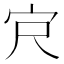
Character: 𪧆